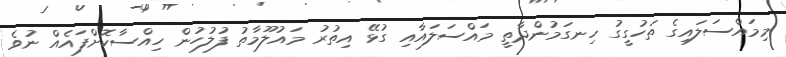
މިމައްސަލައިގެ ތަހުގީގު ހިނގަމުންދާތީ މައްސަލައާއި ގުޅޭ އިތުރު މައުލޫމާތު ފުލުހުން ހިއްސާކޮށްފައެއް ނުވެ